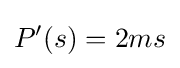
P'(s)=2ms